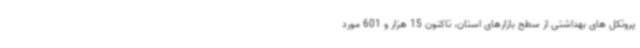
پروتکل های بهداشتی از سطح بازارهای استان، تاکنون 15 هزار و 601 مورد